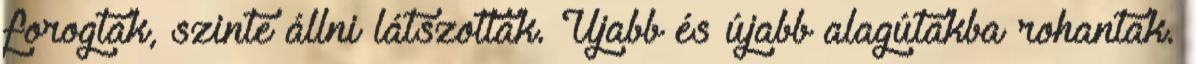
forogtak, szinte állni látszottak. Újabb és újabb alagútakba rohantak.